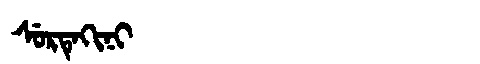
Manchu: ᠰᡠᡵᡨᡝᡴᡳᠨᡳ
Romanization: SURTEKINI